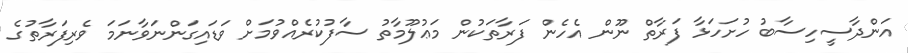
އަންދާސީހިސާބު ހުށަހަޅާ ފަރާތް ނޫން އެހެން ފަރާތަކުން މަޢުލޫމާތު ސާފުކުރެއްވުމަށް ވަޑައިގަންނަވާނަމަ ވެރިފަރާތުގެ